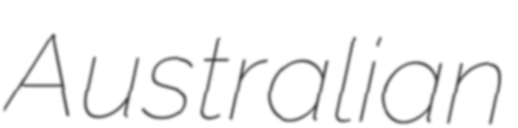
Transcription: Australian